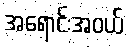
အရောင်းအဝယ်